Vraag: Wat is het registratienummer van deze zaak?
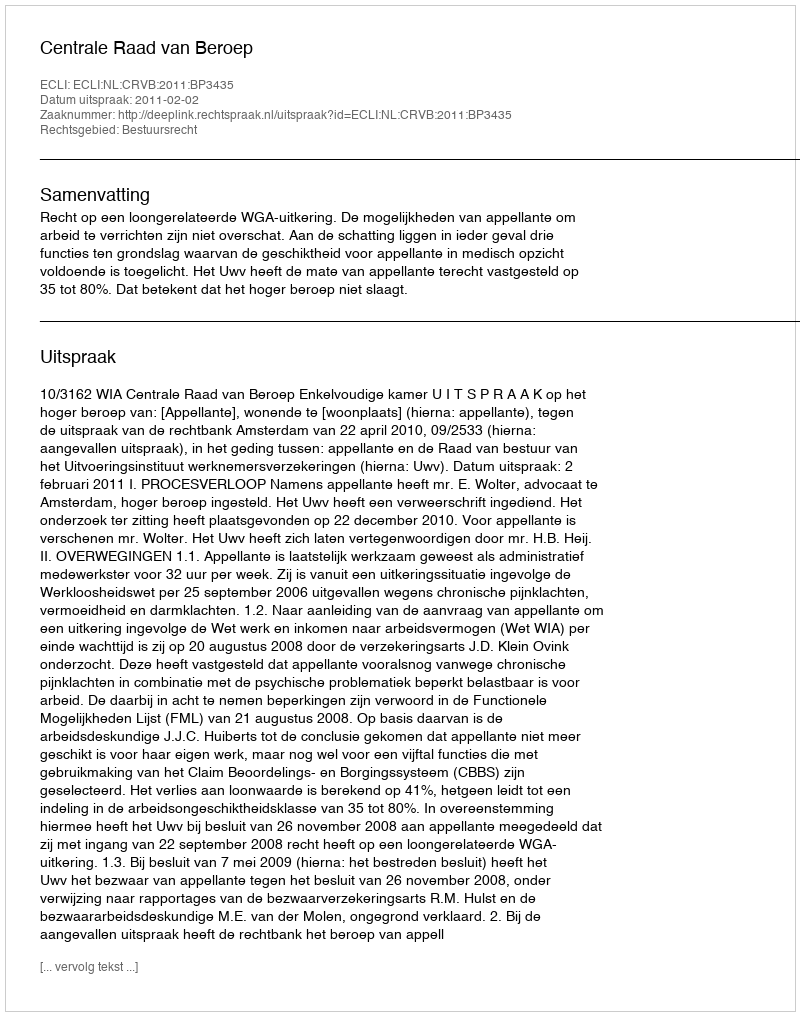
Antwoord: http://deeplink.rechtspraak.nl/uitspraak?id=ECLI:NL:CRVB:2011:BP3435